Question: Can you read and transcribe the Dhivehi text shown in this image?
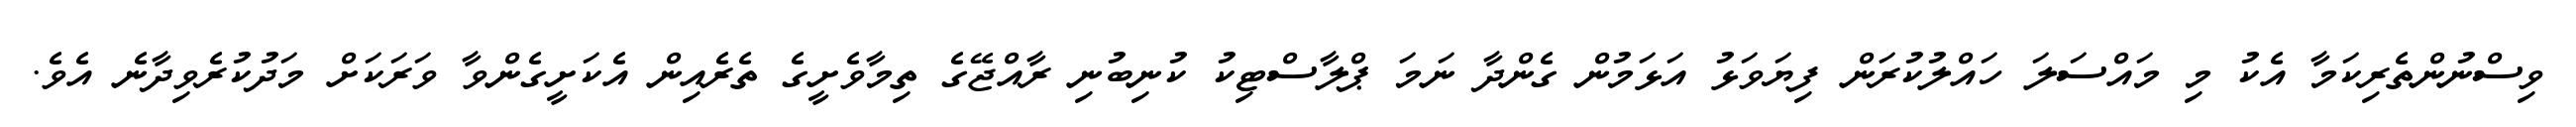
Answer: ވިސްނުންތެރިކަމާ އެކު މި މައްސަލަ ހައްލުކުރަން ފިޔަވަޅު އަޅަމުން ގެންދާ ނަމަ ޕްލާސްޓިކު ކުނިބުނި ރާއްޖޭގެ ތިމާވެށީގެ ތެރެއިން އެކަށީގެންވާ ވަރަކަށް މަދުކުރެވިދާނެ އެވެ.